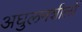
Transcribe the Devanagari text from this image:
अघुलनशीलों